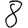
Digit: 8